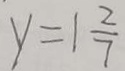
y = 1 \frac { 2 } { 7 }